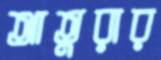
আতুরার